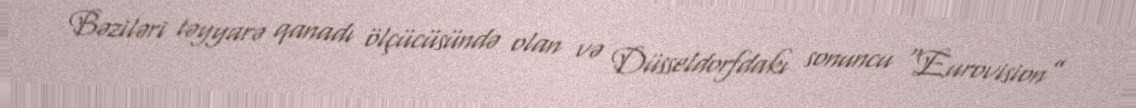
Bəziləri təyyarə qanadı ölçücüsündə olan və Düsseldorfdakı sonuncu “Eurovision”